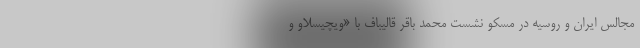
مجالس ایران و روسیه در مسکو نشست محمد باقر قالیباف با «ویچیسلاو و